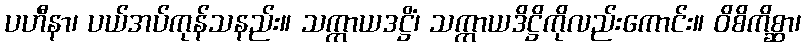
ပဟီနာ၊ ပယ်အပ်ကုန်သနည်း။ သက္ကာယဒဋ္ဌိံ၊ သက္ကာယဒိဋ္ဌိကိုလည်းကောင်း။ ဝိစိကိစ္ဆာ၊